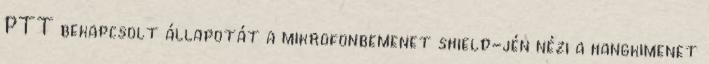
PTT bekapcsolt állapotát a mikrofonbemenet shield-jén nézi a hangkimenet